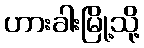
ဟားခါးမြို့သို့